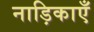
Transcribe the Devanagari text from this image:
नाड़िकाएँ